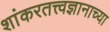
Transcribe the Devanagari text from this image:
शांकरतत्त्वज्ञानाच्या